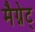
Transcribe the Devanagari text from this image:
मैग्नेट्